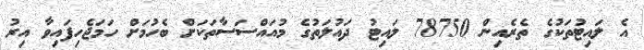
އެ ލައިޓުތަކުގެ ތެރެއިން 78750 ލައިޓު ދައުލަތުގެ މުއައްސަސާތަކަށް ބެހުމަށް ހަމަޖެހިފައިވާ އިރު